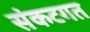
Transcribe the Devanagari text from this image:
संकटगत